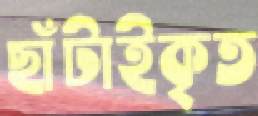
ছাঁটাইকৃত